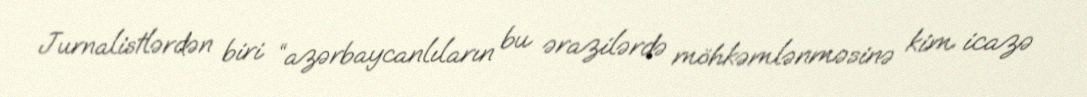
Jurnalistlərdən biri “azərbaycanlıların bu ərazilərdə möhkəmlənməsinə kim icazə